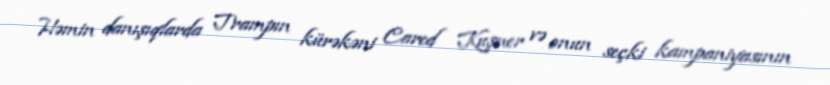
Həmin danışıqlarda Trampın kürəkəni Cared Kuşner və onun seçki kampaniyasının